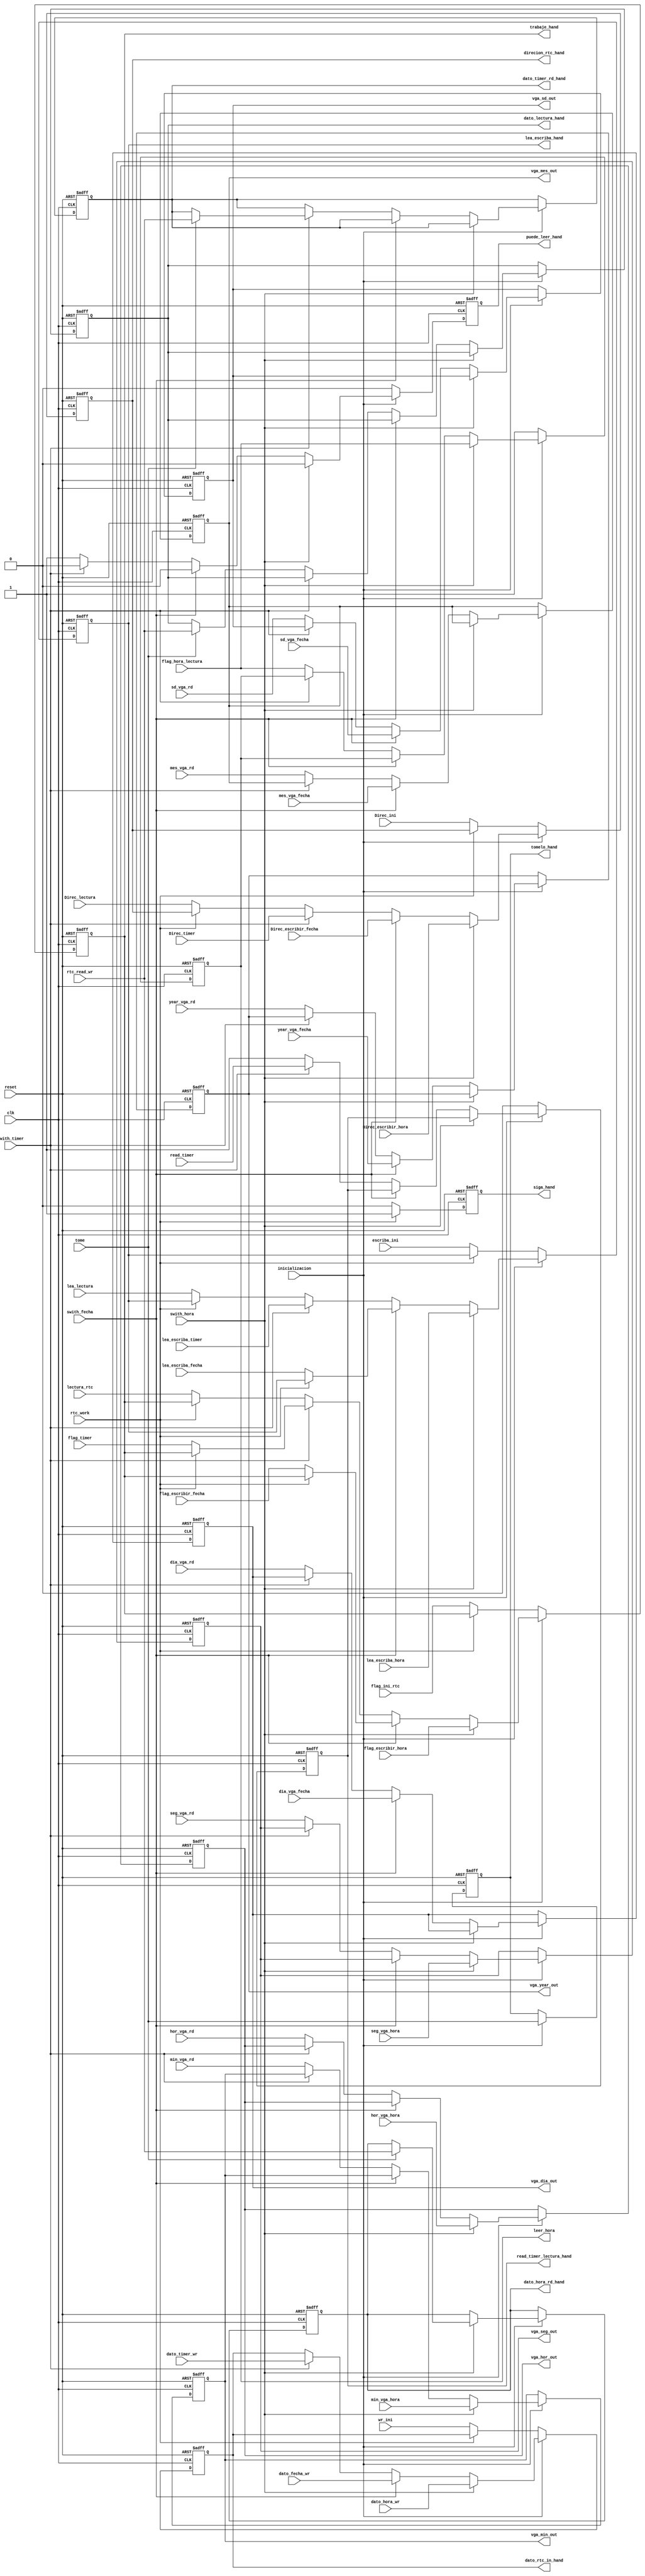
`timescale 1ns / 1ps
//////////////////////////////////////////////////////////////////////////////////
// Company:
// Engineer:
//
// Design Name:
// Module Name: handshaking
// Project Name:
// Target Devices:
// Tool Versions:
// Description:
//
// Dependencies:
//
// Revision:
// Revision 0.01 - File Created
// Additional Comments:
//
//////////////////////////////////////////////////////////////////////////////////


module handshaking(
    input clk, reset, rtc_work, tome,
    inicializacion, escriba_ini, flag_ini_rtc,
    flag_escribir_hora, lea_escriba_hora, flag_hora_lectura, swith_hora,
    flag_escribir_fecha, lea_escriba_fecha, swith_fecha,
    flag_timer, lea_escriba_timer, read_timer, swith_timer,
    lea_lectura, lectura_rtc,
    input [7:0] Direc_ini, wr_ini,
    Direc_escribir_hora, dato_hora_wr, seg_vga_hora, min_vga_hora, hor_vga_hora,
    Direc_escribir_fecha, dato_fecha_wr, dia_vga_fecha, mes_vga_fecha, year_vga_fecha, sd_vga_fecha,
    Direc_timer, dato_timer_wr,
    Direc_lectura, seg_vga_rd, min_vga_rd, hor_vga_rd, dia_vga_rd, mes_vga_rd, year_vga_rd, sd_vga_rd,
    rtc_read_wr,
    output siga_hand, lea_escriba_hand, trabaje_hand, puede_leer_hand, tomelo_hand, read_timer_lectura_hand, leer_hora,
    output [7:0] direcion_rtc_hand, dato_rtc_in_hand, dato_hora_rd_hand, dato_timer_rd_hand, dato_lectura_hand,
    vga_seg_out, vga_min_out, vga_hor_out, vga_dia_out, vga_mes_out, vga_year_out, vga_sd_out
    );

reg siga, lea_escriba, trabaje, puede_leer, tomelo, read_timer_lectura, read_hora;
reg [7:0] direcion_rtc, dato_rtc_in, dato_hora_rd, dato_timer_rd, dato_lectura,
vga_seg, vga_min, vga_hor, vga_dia, vga_mes, vga_year, vga_sd;

always @ ( posedge clk, posedge reset)
begin
    if (reset) begin
        trabaje = 1'b0;
        siga = 1'b0;
        direcion_rtc = 8'h00;
        dato_rtc_in = 8'h00;
        dato_hora_rd = 8'h00;
        dato_timer_rd = 8'h00;
        dato_lectura = 8'h00;
        lea_escriba = 1'bz;
        puede_leer = 1'b0;
        tomelo = 1'b0;
        read_hora = 1'b1;
        read_timer_lectura = 1'b0;
        vga_seg = 8'h00;
        vga_min = 8'h00;
        vga_hor = 8'h00;
        vga_dia = 8'h00;
        vga_mes = 8'h00;
        vga_year = 8'h00;
        vga_sd = 8'h00;
    end
    else if (~inicializacion)
    begin
        if (~rtc_work)
        begin
            siga = 1'b0;
            trabaje = flag_ini_rtc;
            direcion_rtc = Direc_ini;
            dato_rtc_in = wr_ini;
            lea_escriba = escriba_ini;
        end
        else
        begin
            siga = 1'b1;
        end
        read_timer_lectura = 1'b0;
        puede_leer = 1'b0;
        read_hora = 1'b1;
    end
    else if (swith_hora)
    begin
        if (~rtc_work)
        begin
            siga = 1'b0;
            trabaje = flag_escribir_hora;
            lea_escriba = lea_escriba_hora;
            direcion_rtc = Direc_escribir_hora;
            dato_rtc_in = dato_hora_wr;
        end
        else
        begin
            siga = 1'b1;
        end
        tomelo = tome;
        puede_leer = 1'b0;
        trabaje = flag_escribir_hora;
        direcion_rtc = Direc_escribir_hora;
        lea_escriba = lea_escriba_hora;
        read_hora = flag_hora_lectura;
        vga_seg = seg_vga_hora;
        vga_min = min_vga_hora;
        vga_hor = hor_vga_hora;
        dato_rtc_in = dato_hora_wr;
        if (tome)
        begin
            dato_hora_rd = rtc_read_wr;
        end
    end
    else if (swith_fecha)
    begin
        tomelo = tome;
        vga_dia = dia_vga_fecha;
        vga_mes = mes_vga_fecha;
        vga_year = year_vga_fecha;
        vga_sd = sd_vga_fecha;
        dato_rtc_in = dato_fecha_wr;
        puede_leer = 1'b0;
        direcion_rtc = Direc_escribir_fecha;
        if (~rtc_work)
        begin
            siga = 1'b0;
            trabaje = flag_escribir_fecha;
            direcion_rtc = Direc_escribir_fecha;
            dato_rtc_in = dato_fecha_wr;
            lea_escriba = lea_escriba_fecha;
        end
        else
        begin
            siga = 1'b1;
        end
    end

    else if (swith_timer)
    begin
        //spuede_leer = 1'b0;
        puede_leer = 1'b0;
        tomelo = tome;
        read_timer_lectura = read_timer;
        direcion_rtc = Direc_timer;
        dato_rtc_in = dato_timer_wr;
        lea_escriba = lea_escriba_timer;
        dato_rtc_in = dato_timer_wr;
        if (~rtc_work)
        begin
            siga = 1'b0;
            //puede_leer = 1'b0;
            //trabaje = lectura_rtc;
            trabaje = flag_timer;
            lea_escriba = lea_escriba_timer;
            direcion_rtc = Direc_timer;
            dato_rtc_in = dato_timer_wr;
        end
        else
        begin
            siga = 1'b1;
        end
        if (tome)
            dato_timer_rd = rtc_read_wr;
    end
    else
    begin
        puede_leer = 1'b1;
        tomelo = tome;
        read_timer_lectura = 1;
        read_hora = flag_hora_lectura;
        vga_seg = seg_vga_rd;
        vga_min = min_vga_rd;
        vga_hor = hor_vga_rd;
        vga_dia = dia_vga_rd;
        vga_mes = mes_vga_rd;
        vga_year = year_vga_rd;
        vga_sd = sd_vga_rd;
        if (~rtc_work)
        begin
            siga = 1'b0;
            trabaje = lectura_rtc;
            lea_escriba = lea_lectura;
            direcion_rtc = Direc_lectura;
        end
        else
        begin
            siga = 1'b1;
        end
        if (tome)
            dato_lectura = rtc_read_wr;
    end
end

assign siga_hand = siga;
assign lea_escriba_hand = lea_escriba;
assign trabaje_hand = trabaje;
assign puede_leer_hand = puede_leer;
assign tomelo_hand = tomelo;
assign read_timer_lectura_hand = read_timer_lectura;
assign direcion_rtc_hand = direcion_rtc;
assign dato_rtc_in_hand = dato_rtc_in;
assign dato_hora_rd_hand = dato_hora_rd;
assign dato_timer_rd_hand = dato_timer_rd;
assign dato_lectura_hand = dato_lectura;
assign vga_seg_out = vga_seg;
assign vga_min_out = vga_min;
assign vga_hor_out = vga_hor;
assign vga_dia_out = vga_dia;
assign vga_mes_out = vga_mes;
assign vga_year_out = vga_year;
assign vga_sd_out = vga_sd;
assign leer_hora = read_hora;
endmodule